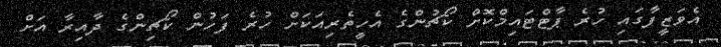
އެވަޒީފާގައި ހުރެ ޕާޓްޓައިމްކޮށް ކޯޗުންގެ އެހީތެރިއަކަށް ހުރެ ފަހުން ކޯޗިންގެ ދާއިރާ އަށް